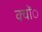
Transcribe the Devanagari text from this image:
क्योंे